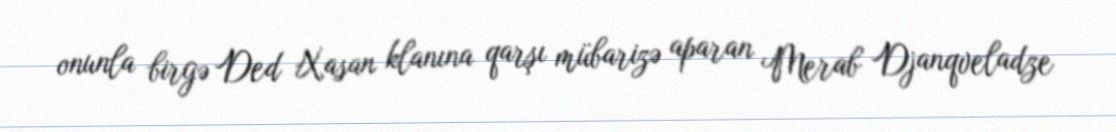
onunla birgə Ded Xasan klanına qarşı mübarizə aparan Merab Djanqveladze